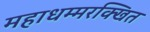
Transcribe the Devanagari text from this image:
महाधम्मरक्खित